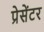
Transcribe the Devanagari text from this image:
प्रेसेंटर